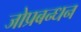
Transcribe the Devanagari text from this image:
जोप्रबन्धन